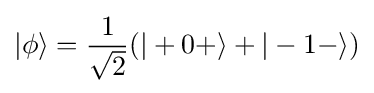
|\phi \rangle ={\frac {1}{\sqrt {2}}}(|+0+\rangle +|-1-\rangle )